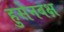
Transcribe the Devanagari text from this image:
हुसेनबक्ष